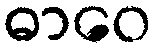
ဓာဝေ